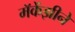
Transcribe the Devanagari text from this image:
मॅकेंझीने